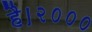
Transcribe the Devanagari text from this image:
है।२०००